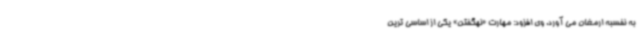
به نفسبه ارمغان می آورد. وی افزود: مهارت «نهگفتن» یکی از اساسی ترین